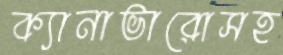
ক্যানাভারোসহ